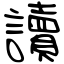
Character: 讀